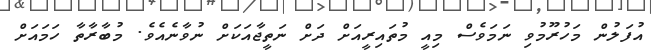
އުފަލުން މަހުރޫމުވި ނަމަވެސް މިއީ މުތައިރީއަށް ދަށް ނަތީޖާއަކަށް ނުވާނެއެވެ. މުބާރާތާ ހަމައަށް